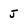
Character: J